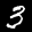
Label: 3